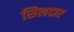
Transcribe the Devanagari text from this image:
सिलदार